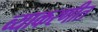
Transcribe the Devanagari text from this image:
व्याकरणीत